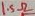
Text: 1.5Ω